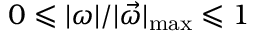
0 \leqslant | \boldsymbol \omega | / | \vec { \omega } | _ { \operatorname* { m a x } } \leqslant 1